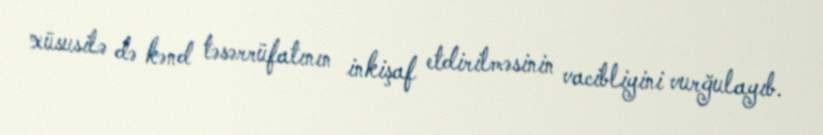
xüsusilə də kənd təsərrüfatının inkişaf etdirilməsinin vacibliyini vurğulayıb.